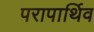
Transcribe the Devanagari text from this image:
परापार्थिव